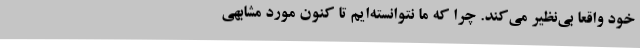
خود واقعا بی‌نظیر می‌کند. چرا که ما نتوانسته‌ایم تا کنون مورد مشابهی